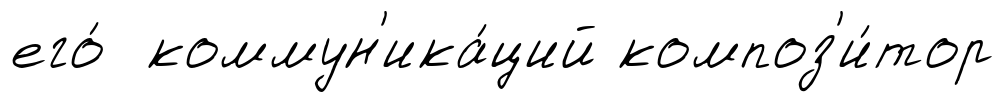
его́ коммун'ика́ций композ'и́тор